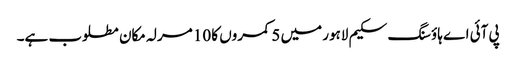
پی آئی اے ہاؤسنگ سکیم لاہور میں 5 کمروں کا 10 مرلہ مکان مطلوب ہے۔